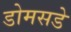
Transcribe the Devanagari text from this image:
डोमसडे